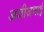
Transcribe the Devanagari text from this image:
अजीजभाई